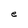
Character: e